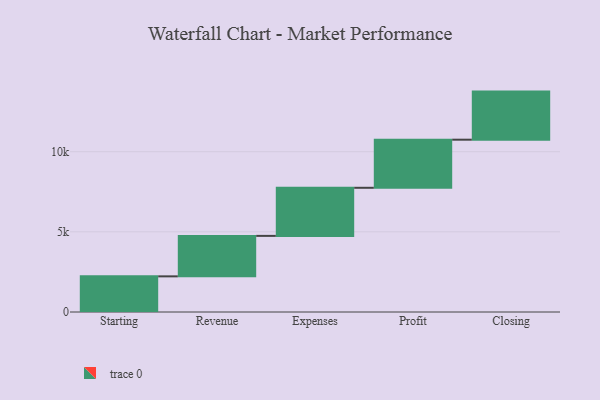
{"axis": {"x": "Step", "y": "Value"}, "legend": [""], "data": [{"x": "Starting", "y": 2224.0, "type": ""}, {"x": "Revenue", "y": 2524.0, "type": ""}, {"x": "Expenses", "y": 3000, "type": ""}, {"x": "Profit", "y": 3000, "type": ""}, {"x": "Closing", "y": 3000, "type": ""}]}